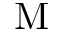
\mathrm { M }